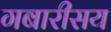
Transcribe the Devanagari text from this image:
गबारीसय